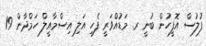
ފުލުސް އޮފީހުން ބުނީ ރ. މަޑުއްވަރީ ފެހި އަލި އިސްމާއީލް ހަމްދާން 19